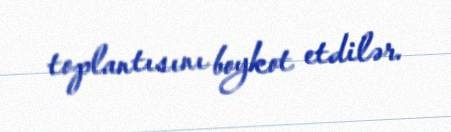
toplantısını boykot etdilər.